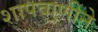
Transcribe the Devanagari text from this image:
शापवाणीने